Newspaper: The Republican journal. [volume]
Place of publication: Belfast, Me.
Publisher: White & Rowe
Date: 1895-09-19 00:00:00
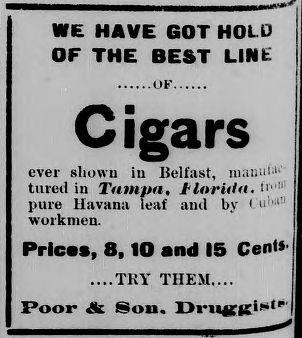
Advertisement text (OCR):
WE HAVE GOT HOI 0 OF THE BEST LINfc .OF. Cigars ever shown iii Belfast, manut1' tilled in Tampa, florula. h"11 pure Havana leaf and by l »” i: workmen. Pricas, 8,10 and 15 Cent*' ....TRY THEM.... Poor & Sou. DrnjJdi-1'
Label: text-only